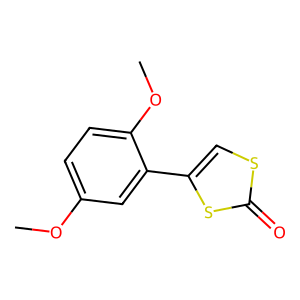
SMILES: COc1ccc(OC)c(-c2csc(=O)s2)c1
Inhibits HIV replication: No